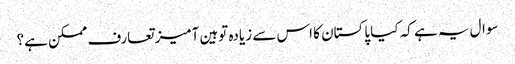
سوال یہ ہے کہ کیا پاکستان کا اس سے زیادہ توہین آمیز تعارف ممکن ہے؟